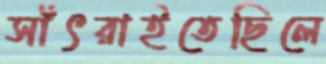
সাঁৎরাইতেছিলে